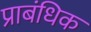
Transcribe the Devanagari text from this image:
प्राबंधिक